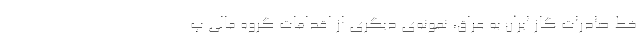
خط صادرات گاز ایران به عراق، نمونه‌ی دیگری از اقدامات گروه مالی پ